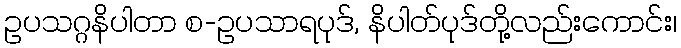
ဥပသဂ္ဂနိပါတာ စ-ဥပသာရပုဒ်, နိပါတ်ပုဒ်တို့လည်းကောင်း၊